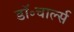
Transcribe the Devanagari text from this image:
डॉ॰चार्ल्स